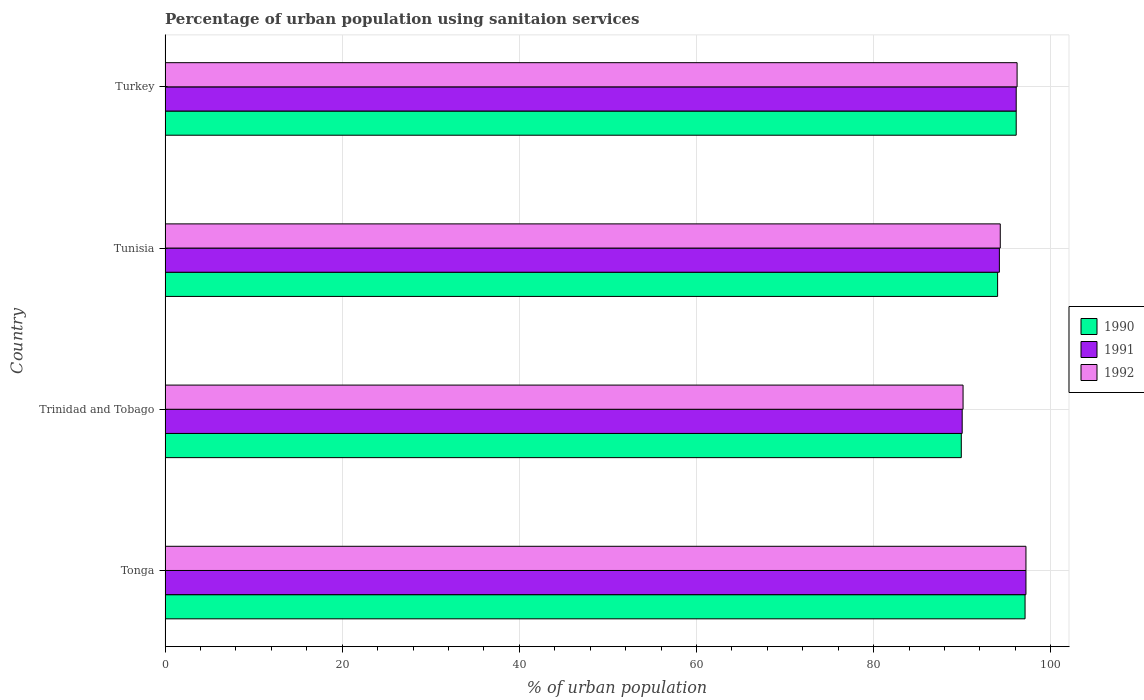
| Country | 1990 | 1991 | 1992 |
 | --- | --- | --- | --- |
 | Tonga | 97.1 | 97.2 | 97.2 |
 | Trinidad and Tobago | 89.9 | 90 | 90.1 |
 | Tunisia | 94 | 94.2 | 94.3 |
 | Turkey | 96.1 | 96.1 | 96.2 |